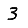
Digit: 3